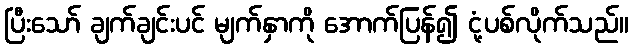
ပြီးသော် ချက်ချင်းပင် မျက်နှာကို အောက်ပြန်၍ ငုံ့ပစ်လိုက်သည်။